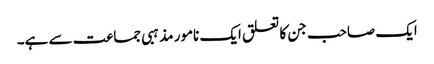
ایک صاحب جن کا تعلق ایک نامور مذہبی جماعت سے ہے۔